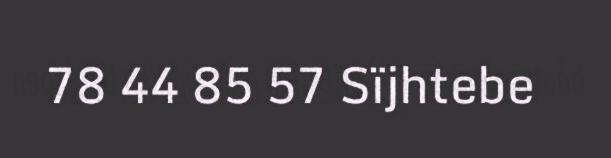
78 44 85 57 Sïjhtebe